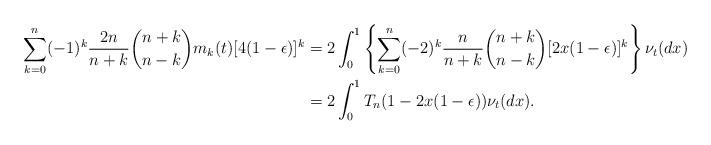
LaTeX: \begin{align*}\sum_{k=0}^n(-1)^{k} \frac{2n}{n+k}\binom{n+k}{n-k} m_k(t)[4(1-\epsilon)]^k &= 2 \int_0^1 \left\{\sum_{k=0}^n(-2)^{k} \frac{n}{n+k}\binom{n+k}{n-k} [2x(1-\epsilon)]^k\right\} \nu_t(dx)\\& = 2 \int_0^1 T_n(1-2x(1-\epsilon)) \nu_t(dx).\end{align*}